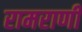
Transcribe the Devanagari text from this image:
रामराणी